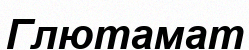
Глютамат